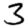
Digit: 3